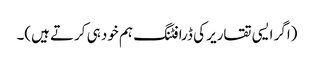
(اگر ایسی تقاریر کی ڈرافٹنگ ہم خود ہی کرتے ہیں)۔